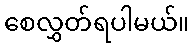
စေလွှတ်ရပါမယ်။